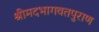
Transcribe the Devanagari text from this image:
श्रीमदभागवतपुराण